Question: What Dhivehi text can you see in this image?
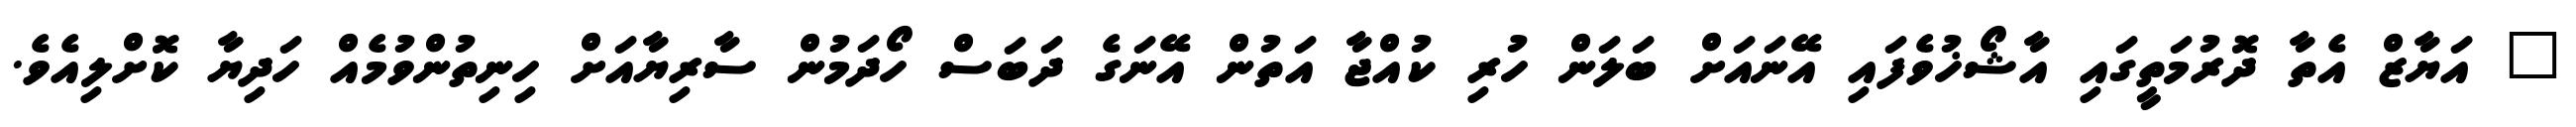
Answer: " އަޔާޒް އެތާ ދޮރުމަތީގައި އާޝޯޚުވެފައި އޭނައަށް ބަލަން ހުރި ކުއްޖާ އަތުން އޭނަގެ ދަބަސް ހޯދަމުން ސާރިޔާއަށް ހިނިތުންވުމެއް ހަދިޔާ ކޮށްލިއެވެ.